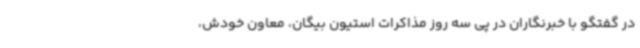
در گفتگو با خبرنگاران در پی سه روز مذاکرات استیون بیگان، معاون خودش،